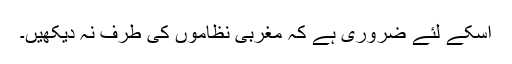
اسکے لئے ضروری ہے کہ مغربی نظاموں کی طرف نہ دیکھیں۔